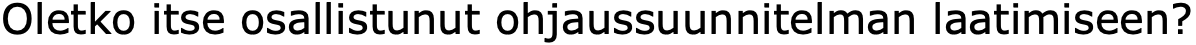
Oletko itse osallistunut ohjaussuunnitelman laatimiseen?